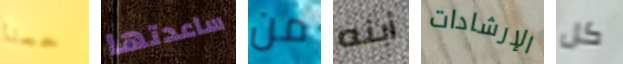
حسنا ساعدتها من أبنه الإرشادات كل